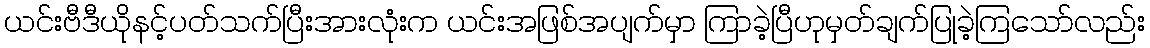
ယင်းဗီဒီယိုနင့်ပတ်သက်ပြီးအားလုံးက ယင်းအဖြစ်အပျက်မှာ ကြာခဲ့ပြီဟုမှတ်ချက်ပြုခဲ့ကြသော်လည်း